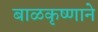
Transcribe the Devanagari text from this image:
बाळकृष्णाने